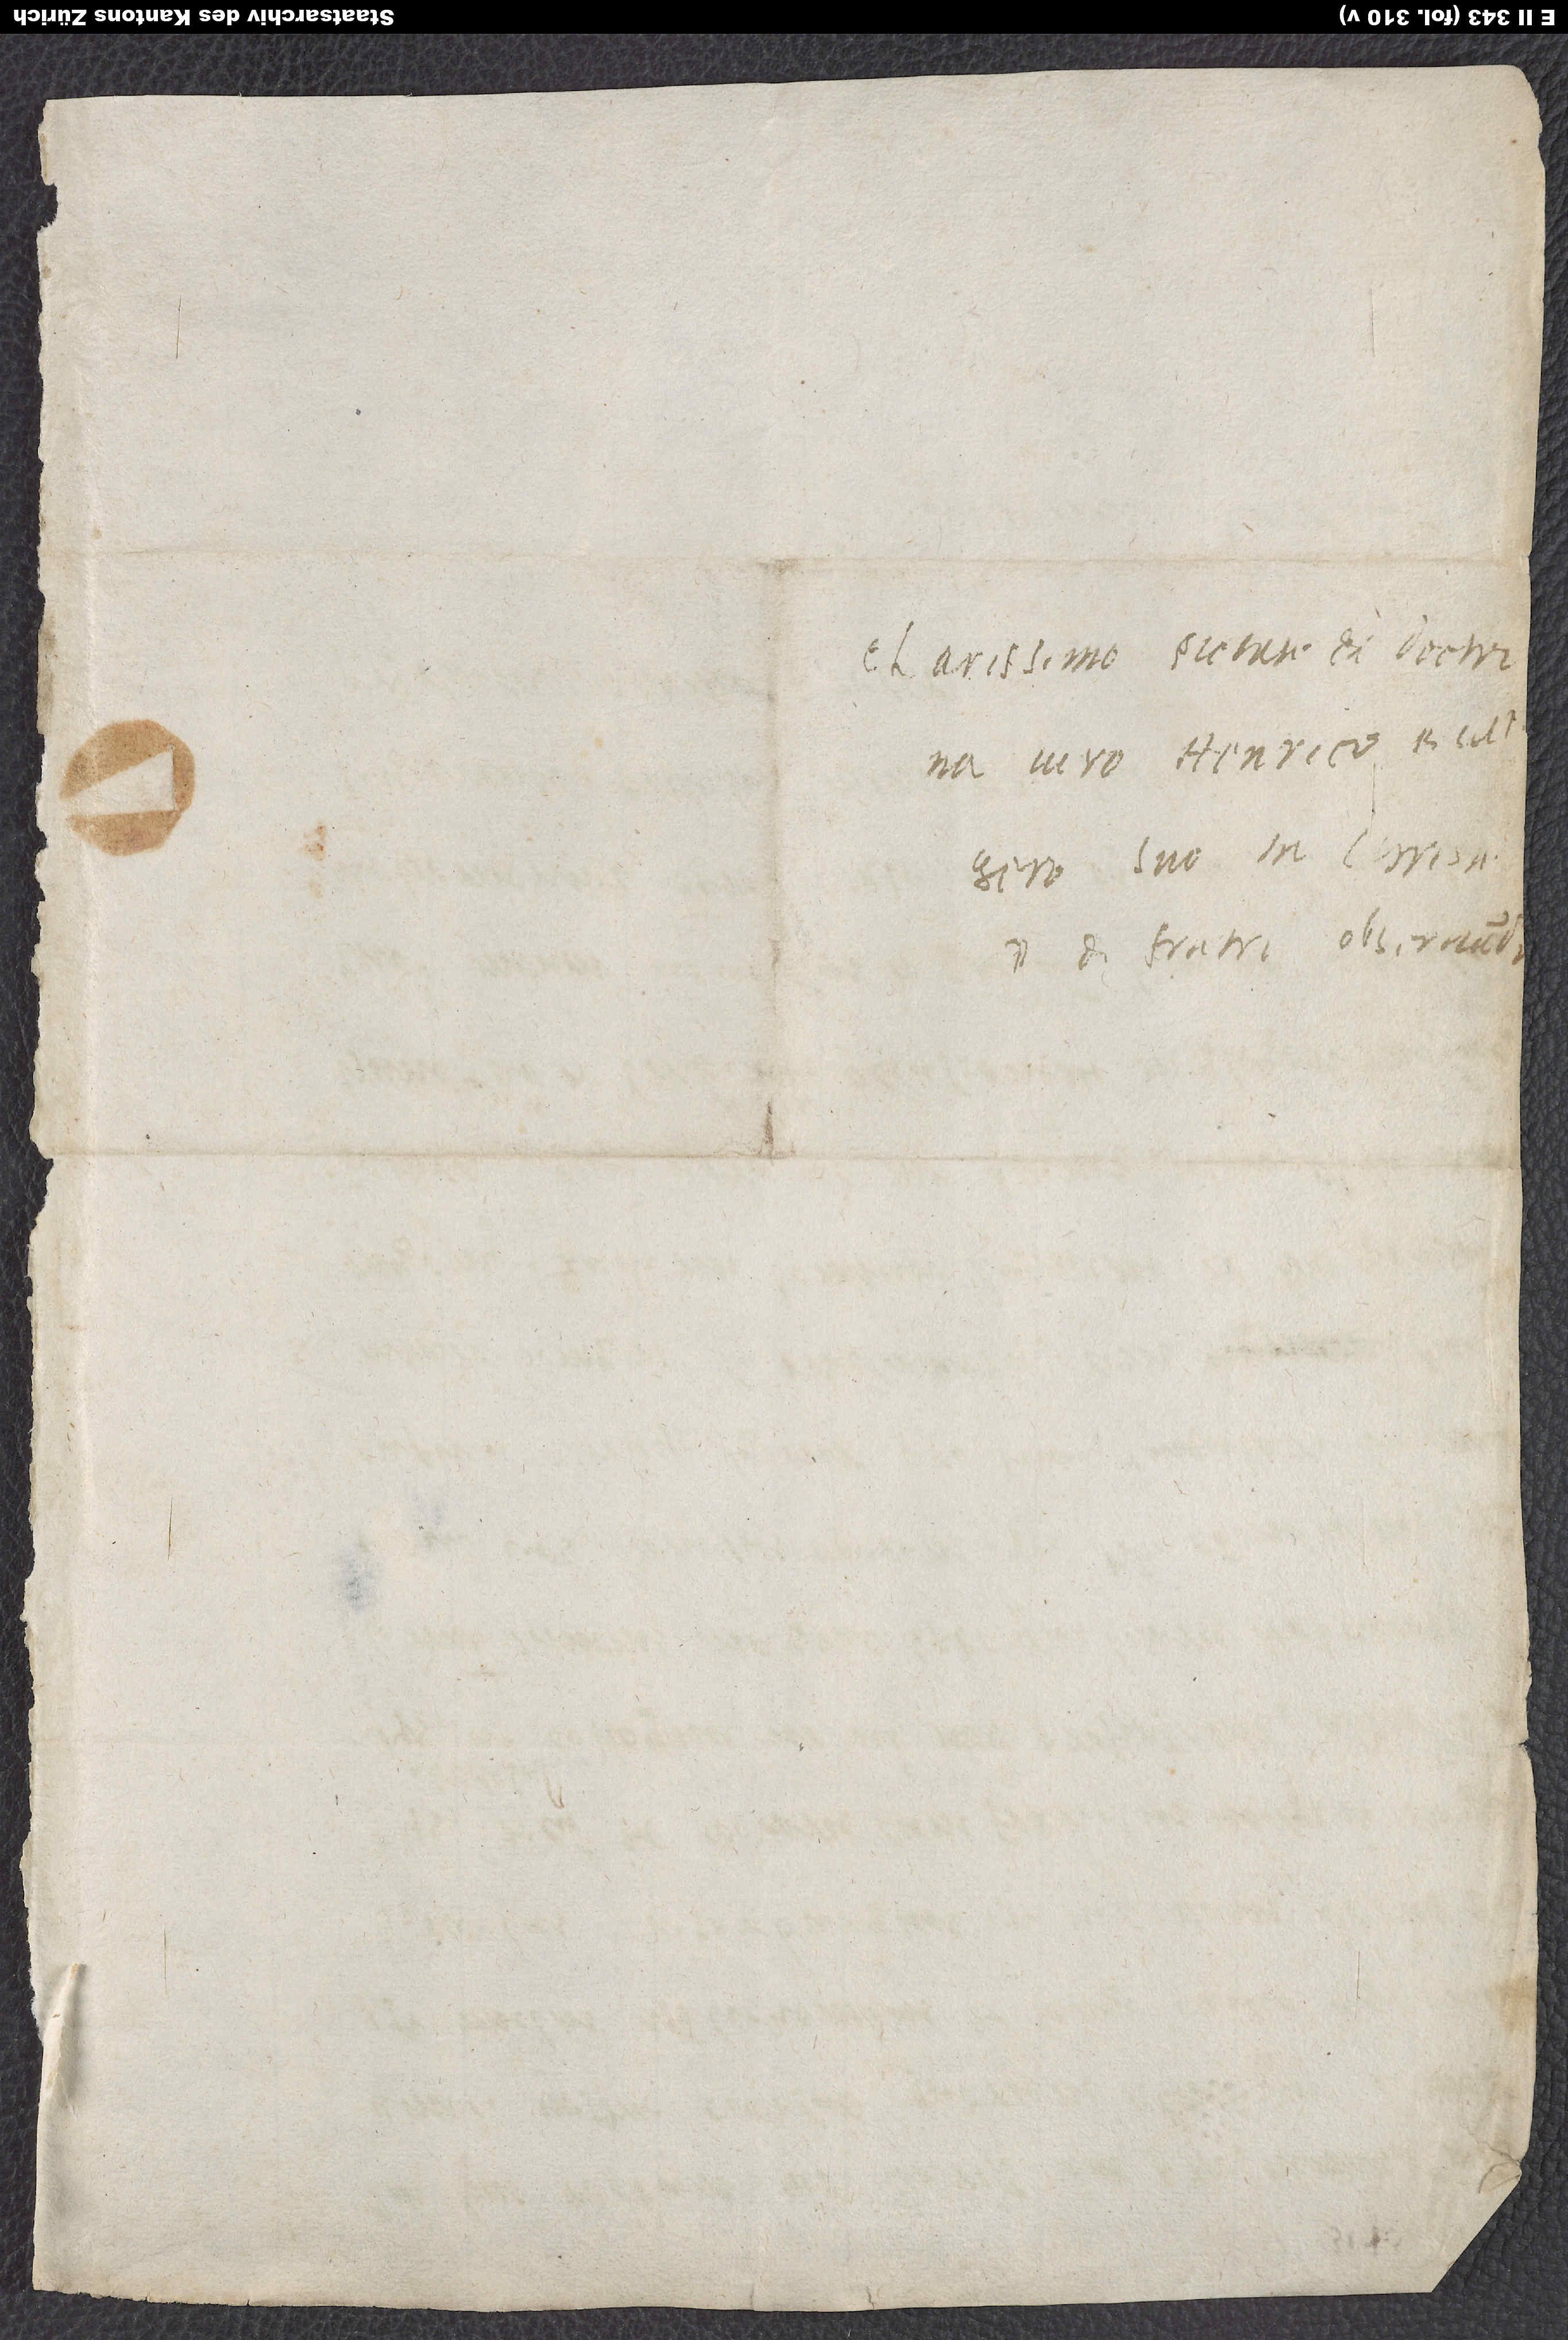
Clarissimo pietate et doctrina
viro Henrici Bullgero,
suo in Christo
d. et fratri observando.